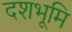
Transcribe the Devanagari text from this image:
दशभूमि